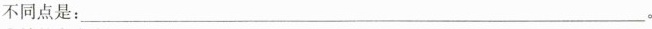
不同点是：___。